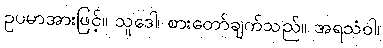
ဥပမာအားဖြင့်။ သူဒေါ၊ စားတော်ချက်သည်။ အရသံဝါ၊